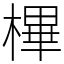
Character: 㮿